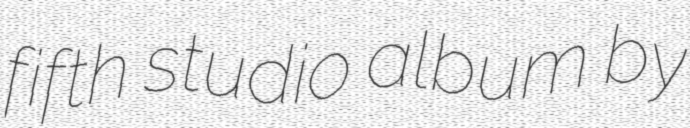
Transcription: fifth studio album by